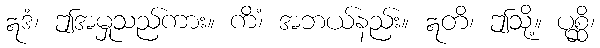
ဣဒံ၊ ဤအမှုသည်ကား။ ကိံ၊ အဘယ်နည်း။ ဣတိ၊ ဤသို့။ ပုစ္ဆိ၊